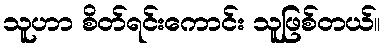
သူဟာ စိတ်ရင်းကောင်း သူဖြစ်တယ်။